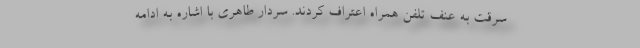
سرقت به عنف تلفن همراه اعتراف کردند. سردار طاهری با اشاره به ادامه